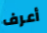
أعرف